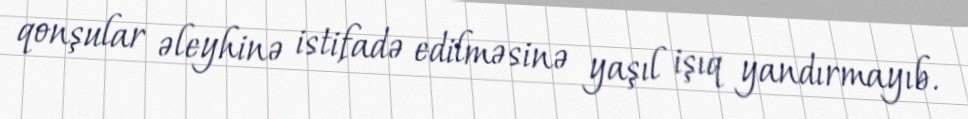
qonşular əleyhinə istifadə edilməsinə yaşıl işıq yandırmayıb.